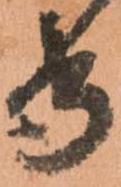
守